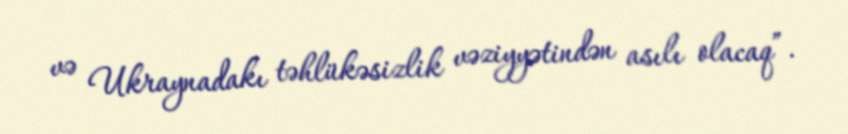
və Ukraynadakı təhlükəsizlik vəziyyətindən asılı olacaq”.